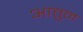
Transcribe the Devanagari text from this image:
आतुन